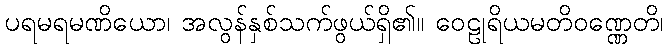
ပရမရမဏိယော၊ အလွန်နှစ်သက်ဖွယ်ရှိ၏။ ဝေဠုရိယမတိဝဏ္ဏေတိ၊